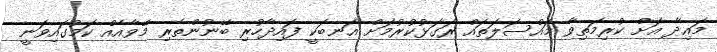
މައިދާ އަށް ކުރިމަތިވާ މައްސަލަތައް ރަގަޅުކުރުމަށް އަނބަކީ ފައިދާހުރި ބޭނުންތެރި މޭވާއެއް ކަމުގައިވަނީ